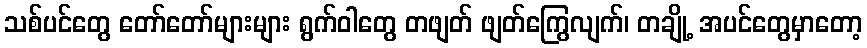
သစ်ပင်တွေ တော်တော်များများ ရွက်ဝါတွေ တဖျတ် ဖျတ်ကြွေလျက်၊ တချို့ အပင်တွေမှာတော့